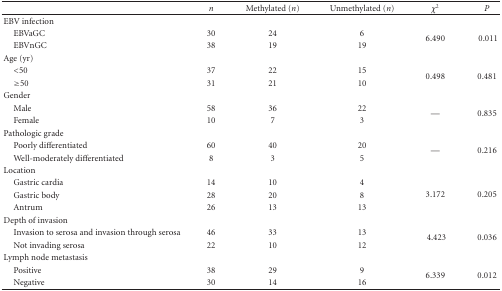
<table><thead><tr><td><b> </b></td><td><b><i>n</i></b></td><td><b>Methylated (<i>n</i>)</b></td><td><b>Unmethylated (<i>n</i>)</b></td><td><b><i>χ</i><sup>2</sup></b></td><td><b><i>P</i></b></td></tr></thead><tbody><tr><td>EBV infection</td><td> </td><td> </td><td> </td><td> </td><td> </td></tr><tr><td> EBVaGC</td><td> 30</td><td>24</td><td> 6</td><td rowspan="2">6.490</td><td rowspan="2"> 0.011</td></tr><tr><td> EBVnGC</td><td> 38</td><td>19</td><td> 19</td></tr><tr><td>Age (yr)</td><td> </td><td> </td><td> </td><td> </td><td> </td></tr><tr><td> &lt;50</td><td>37</td><td>22</td><td> 15</td><td rowspan="2">0.498</td><td rowspan="2">0.481</td></tr><tr><td> ≥50</td><td> 31</td><td>21</td><td> 10</td></tr><tr><td>Gender</td><td> </td><td> </td><td> </td><td> </td><td> </td></tr><tr><td> Male</td><td>58</td><td>36</td><td>22</td><td rowspan="2">—</td><td rowspan="2">0.835</td></tr><tr><td>Female</td><td> 10</td><td>7</td><td> 3</td></tr><tr><td>Pathologic grade</td><td> </td><td> </td><td> </td><td> </td><td> </td></tr><tr><td> Poorly differentiated </td><td> 60</td><td>40</td><td>20</td><td rowspan="2">—</td><td rowspan="2">0.216</td></tr><tr><td> Well-moderately differentiated </td><td> 8</td><td>3</td><td> 5</td></tr><tr><td>Location </td><td> </td><td> </td><td> </td><td> </td><td> </td></tr><tr><td> Gastric cardia</td><td> 14</td><td>10</td><td> 4</td><td rowspan="3">3.172</td><td rowspan="3">0.205</td></tr><tr><td> Gastric body</td><td> 28</td><td>20</td><td> 8</td></tr><tr><td> Antrum</td><td> 26</td><td>13</td><td>13 </td></tr><tr><td>Depth of invasion</td><td> </td><td> </td><td> </td><td> </td><td> </td></tr><tr><td> Invasion to serosa and invasion through serosa</td><td> 46</td><td>33</td><td> 13</td><td rowspan="2"> 4.423</td><td rowspan="2">0.036</td></tr><tr><td> Not invading serosa</td><td> 22</td><td>10</td><td> 12</td></tr><tr><td>Lymph node metastasis</td><td> </td><td> </td><td> </td><td> </td><td> </td></tr><tr><td> Positive</td><td> 38</td><td>29</td><td>9</td><td rowspan="2">6.339</td><td rowspan="2">0.012</td></tr><tr><td> Negative</td><td> 30</td><td>14</td><td>16</td></tr></tbody></table>